Indian Medical Review
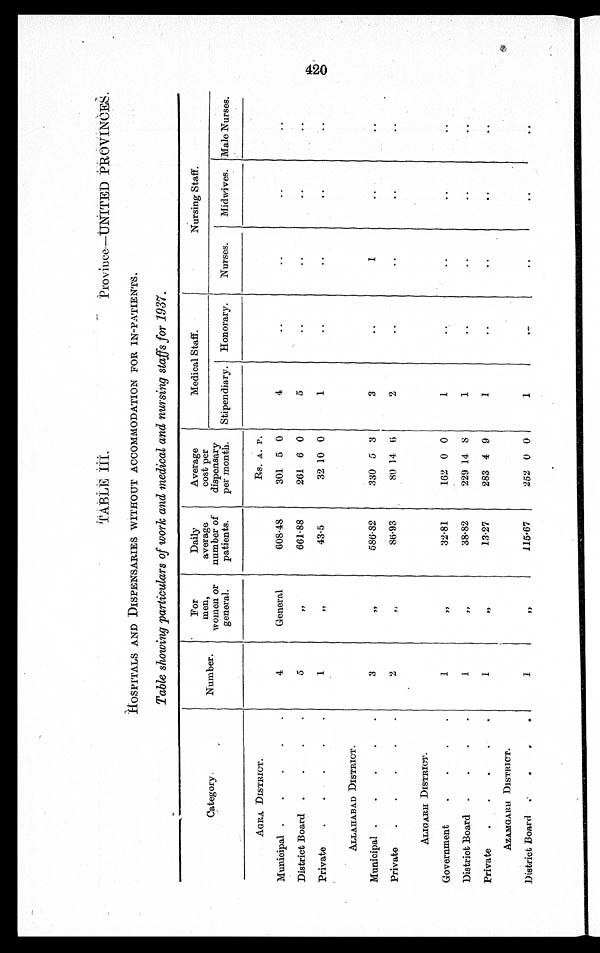
TABLE III. Province—UNITED PROVINCES.
HOS P I T AL S AND DI S P E NS AR I E S WI T HOUT AC C OMMODAT I ON F OR I N- P AT I E NT S .
Table showing particulars of work and medical and nursing staffs for 1937.
Category
Number.
For
men,
women or
general .
Daily
average
number of
patients.
Average
cost per
dispensary
per month.
Medical Staff.
Nursing Staff.
Stipendiary. Honorary.
Nurses.
Midwives. Male Nurses.
AGRA DISTRICT.
Rs. A. P.
Municipal .
.
.
.
.
4
General
608.48
301 5 0
4
..
..
..
..
District Board .
.
.
.
5
" 661.88
261 6 0
5
..
..
..
. .
Private
.
.
.
. .
1
"
43.5
32 10 0
1
..
. .
..
. .
ALLAHABAD DISTRICT.
Municipal .
.
.
. .
3
"
586.82
330 5 3
3
..
1
..
..
Private
.
. . . .
2
"
86.93
80 14 6
2
..
..
. .
..
ALIGARH DISTRICT.
Government
. . . .
1
"
32.81
162 0 0
1
. .
. .
. .
. .
District Board .
.
.
.
1
"
38.82
229 14 8
1
..
. .
..
..
Private
.
. . . .
1
"
13.27
283 4 9
1
..
..
..
..
AZAMGARH DISTRICT.
District Board .
. . .
1
" 115.67
252 0 0
1
. .
. .
. .
. .
420